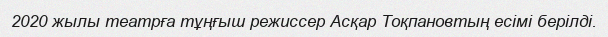
2020 жылы театрға тұңғыш режиссер Асқар Тоқпановтың есімі берілді.